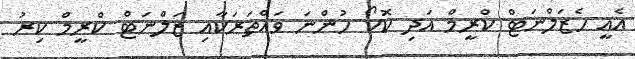
އެއީ ހެޒަލްނަޓް ކްރީމް އަދި ކޮކޯ ހުންނަ ވައްތަރަކާއި ޒަލްނަޓް ކްރީމް ކިރު